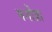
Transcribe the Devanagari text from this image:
मगोत्रा